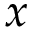
x